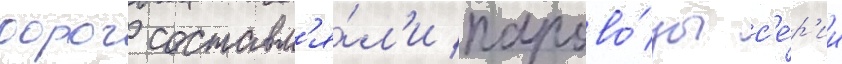
дорог составл'я́л'и парово́зы с'е́р'ии